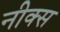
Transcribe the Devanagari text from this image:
नीक्स